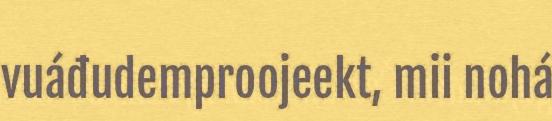
vuáđudemproojeekt, mii nohá